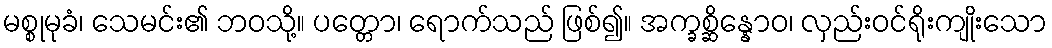
မစ္စုမုခံ၊ သေမင်း၏ ဘဝသို့။ ပတ္တော၊ ရောက်သည် ဖြစ်၍။ အက္ခစ္ဆိန္နောဝ၊ လှည်းဝင်ရိုးကျိုးသော